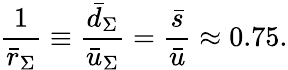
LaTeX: \frac{1}{\bar{r}_{\Sigma}}\equiv\frac{\bar{d}_{\Sigma}}{\bar{u}_{\Sigma}}=\frac{\bar{s}}{\bar{u}}\approx 0.75.